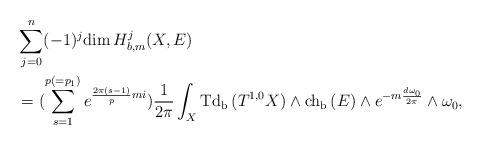
\begin{align*} &\sum^n_{j=0}(-1)^j\mathrm{dim\,}H^j_{b,m}(X,E) \\&=(\sum^{p(=p_1)}_{s=1}e^{\frac{2\pi(s-1)}{p}mi})\frac{1}{2\pi}\int_X\mathrm{Td_b\,}(T^{1,0}X)\wedge\mathrm{ch_b\,}(E)\wedge e^{-m\frac{d\omega_0}{2\pi}}\wedge\omega_0,\end{align*}